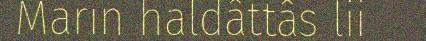
Marin haldâttâs lii